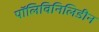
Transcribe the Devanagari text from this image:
पॉलिविनिलिडीन